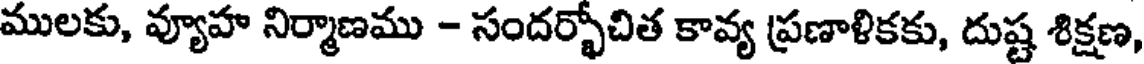
ములకు, వ్యూహ నిర్మాణము - సందర్భోచిత కావ్య ప్రణాళికకు, దుష్ట శిక్షణ,